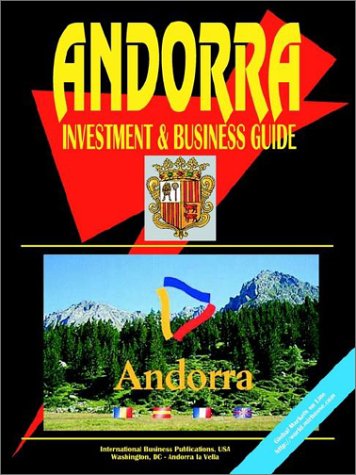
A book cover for Andorra Investment; Travel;